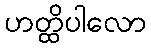
ဟတ္ထိပါလော